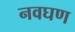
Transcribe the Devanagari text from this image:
नवघण